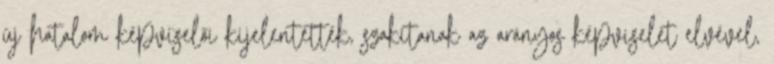
új hatalom képviselői kijelentették, szakítanak az arányos képviselet elvével,